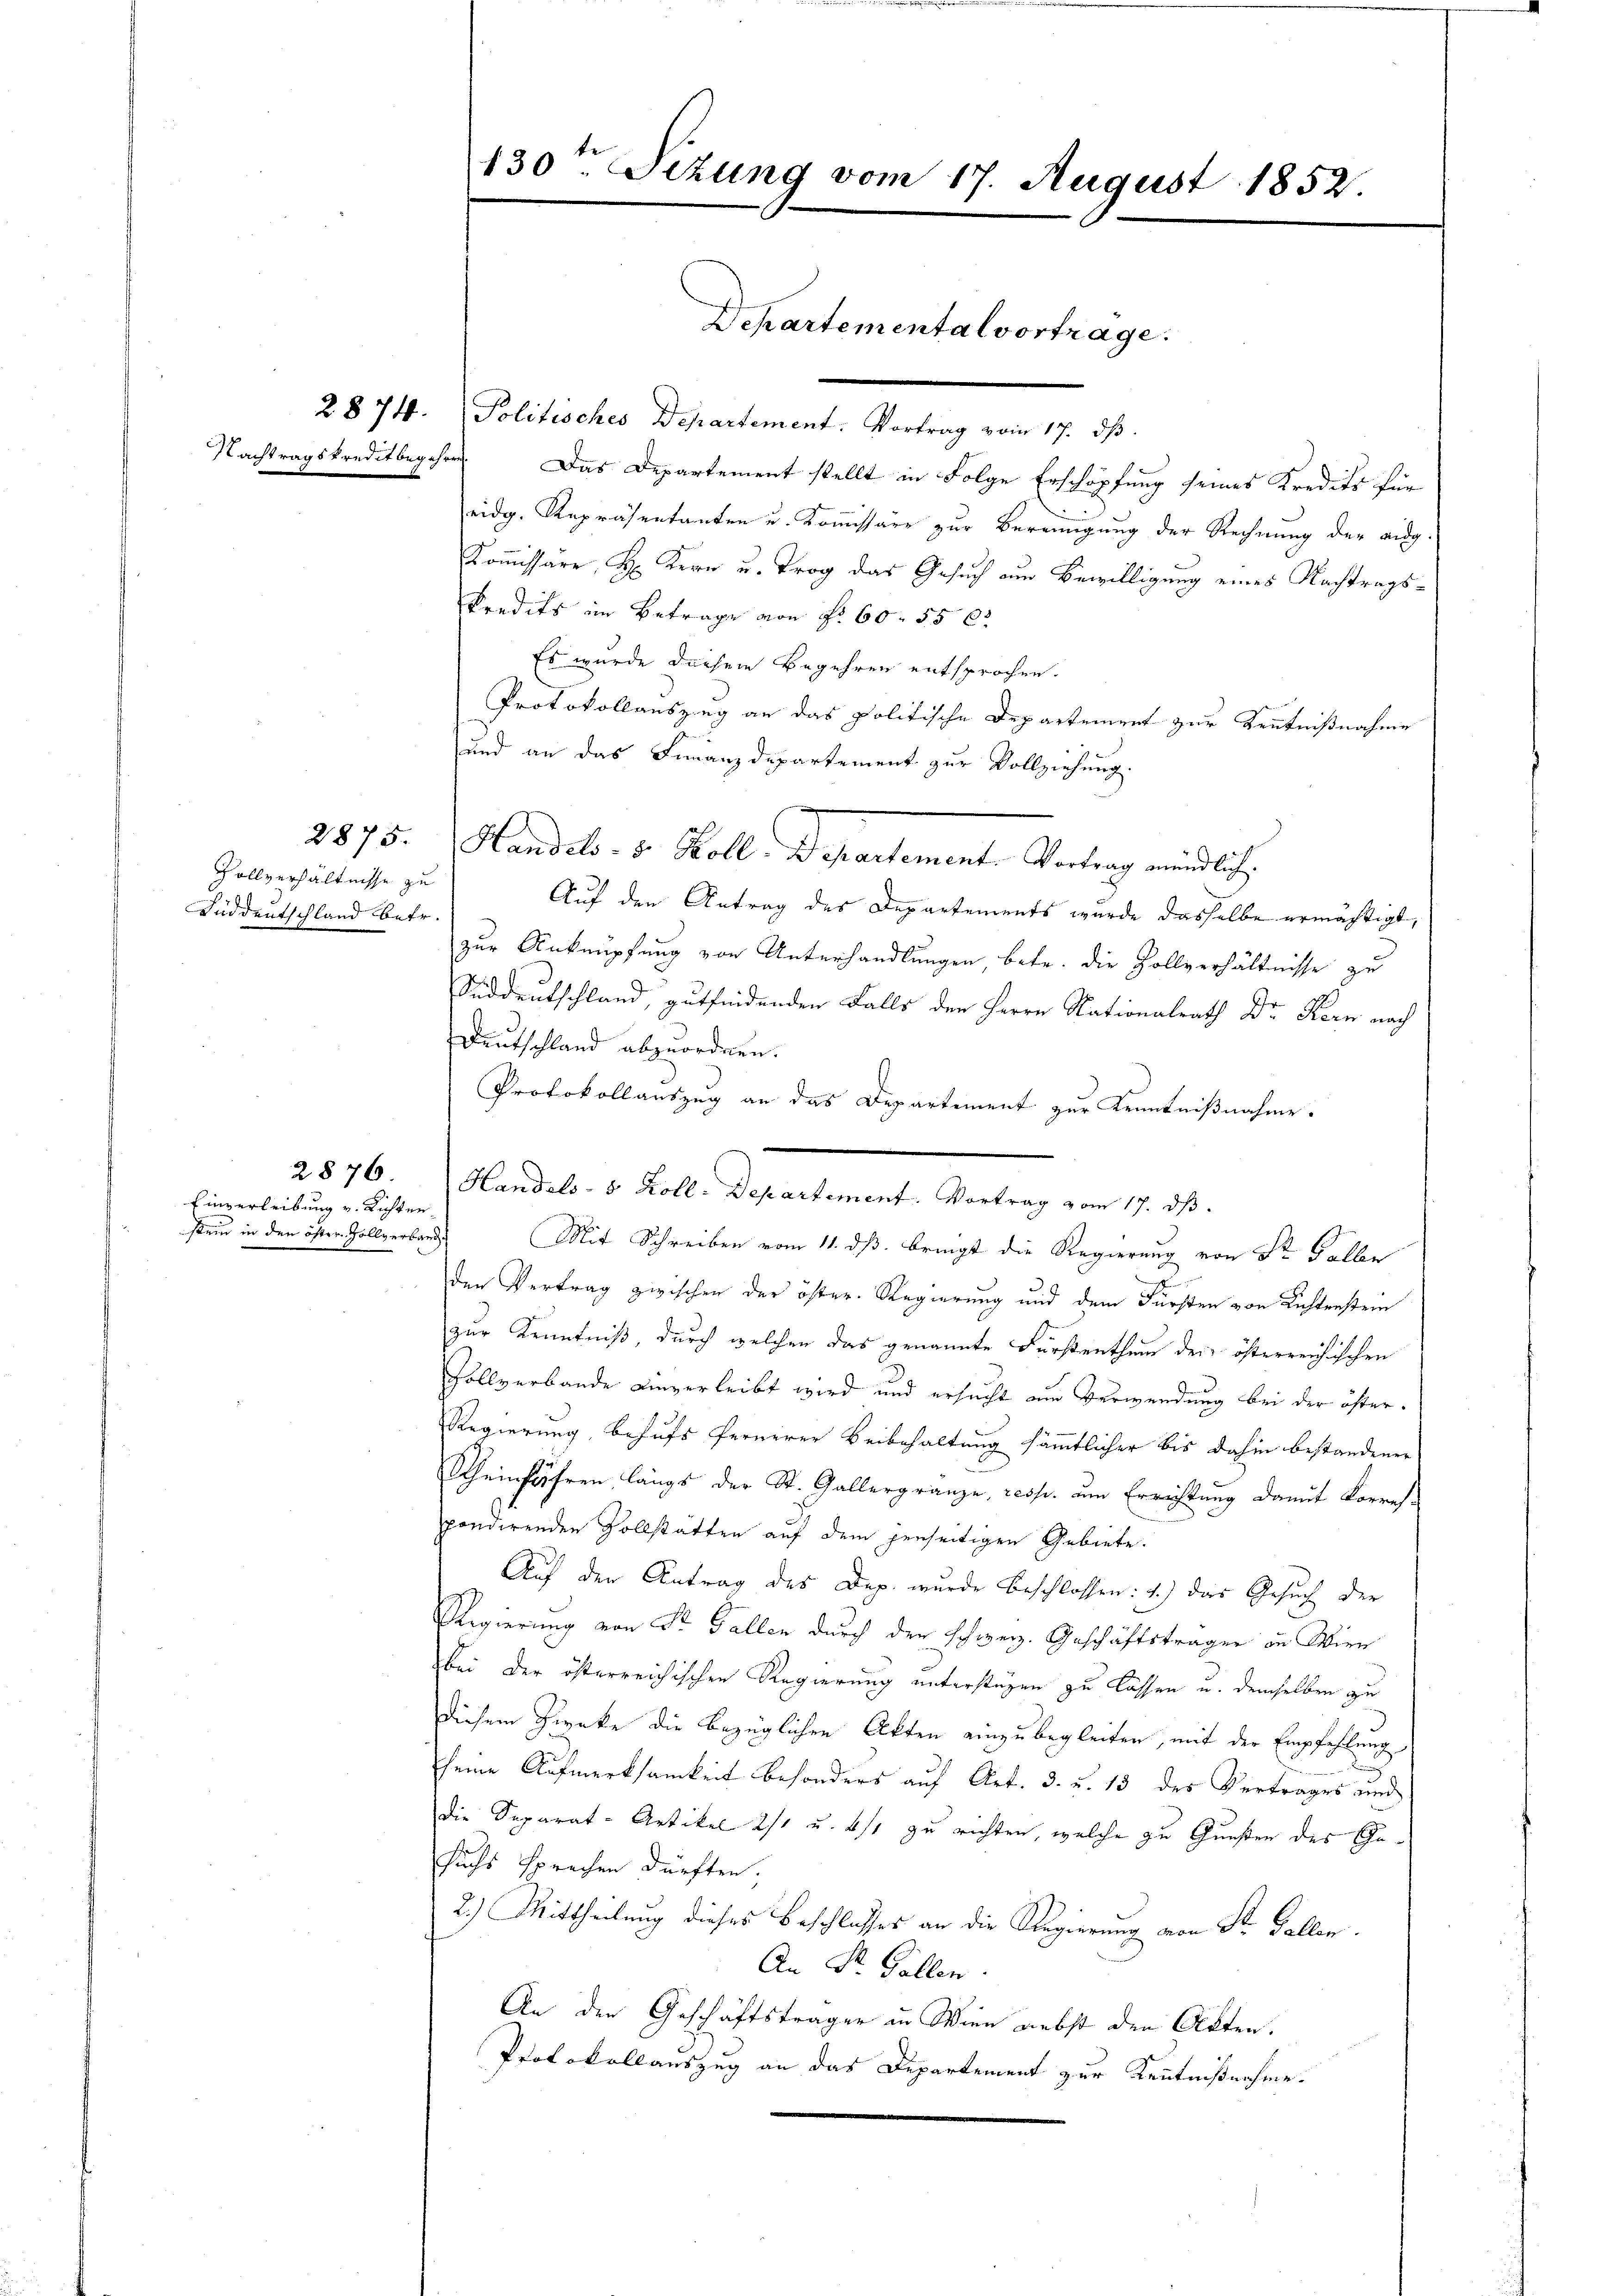
Rollverhältnisse zu
Füddeutschland betr.

Einverleibung v. Richten

Nachtragskreditbegehre. Das Departement stellt in Folge Erschöpfung seines Kredits für
eidg. Repräsentanten u. Kommissäre zur Bereinigung der Rechnung der ausg¬
Kom̅issäre, H. Kern u. Trog das Gesuch am Bewilligung eines Nachtrags¬
Predits im Betrage von Nr 60. 55 l
Es wurde dachen Begehren entsprochen.
Protokollauszug an das politische Departement zur Kenntnißnahme
und an das Finanzdepartement zur Vollziehung.
2875. Handels. v. Koll. Departement. Vortrag mündlich.
Auf den Antrag des Departements wurde dasselbe ermächtigt,
zur Anknüpfung von Unterhandlungen, betr. die Zollverhältnisse zu
Süddeutschland, gutfindenden Falls den Herrn Nationalrath Dr. Kern nach
Deutschland abzuordnen.
Protokollauszug an das Departement zur Kenntnißnahme.
stein in den öster Zollverbandes Mit Schreiben vom 11. ds. bringt die Regierung von Sr. Halbe
den Vertrag zwischen der öster Regierung und dem Fürsten von Richtenstein
zur Kenntniß, durch welchen das genannte Fürstenthum der österreichischen
Sollverbande einverleibt wird und ersucht am Verwendung bei der öfter¬
Regierung, behufs fernerer Beibehaltung sämmtlicher bis dahin bestandenen
Scheinfahren längs der St. Gallergränze, resp. am Errichtung damit Korres-
pondirenden Vollstätten auf dem jenseitigen Gebiete.
Auf der Antrag des Dep. wurde beschlossen: 1.) das Gesuch der
Regierung von Sr. Gallen durch der schweiz. Geschäftsträger an Wien
bei der österreichischen Regierung unterstüzen zu lassen u. demselben zu
diesem Zwecke die bezüglichen Akten einzubegleiten, mit der Empfehlung
2
11
seine Aufmerksamkeit besonders auf Art. 3. u. 13 des Vertrages und
die Separat-Artikel 2/1 u. est zu richten, welche zu Gunsten des Ge¬
Fuchs sprechen dürften.
2.) Mittheilung dieses Beschlosses an die Regierung von St. Gallen.
An Dr. Gallen.
An den Geschäftsträger in Wien nebst den Akten.
Protokollauszug an das Departement zur Kenntnißnahme.

130. Sizung vom 17. August 1852.
Dchartemental vortrage.

2874. Politisches Departement: Vortrag vom 17. dβ.

2876. Handels- 8 Koll. Departement. Vortrag vom 17. ds.